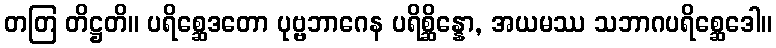
တတြ တိဋ္ဌတိ။ ပရိစ္ဆေဒတော ပုဗ္ဗဘာဂေန ပရိစ္ဆိန္နော, အယမဿ သဘာဂပရိစ္ဆေဒေါ။